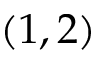
( 1 , 2 )